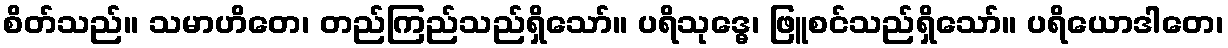
စိတ်သည်။ သမာဟိတေ၊ တည်ကြည်သည်ရှိသော်။ ပရိသုဒ္ဓေ၊ ဖြူစင်သည်ရှိသော်။ ပရိယောဒါတေ၊